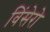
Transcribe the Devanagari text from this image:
विंसेरो